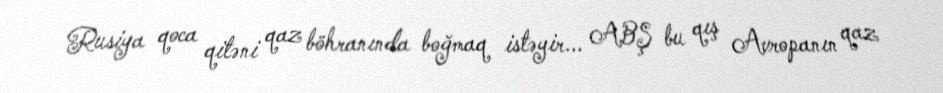
Rusiya qoca qitəni qaz böhranında boğmaq istəyir... ABŞ bu qış Avropanın qaz